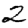
Digit: 2